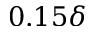
0 . 1 5 \delta